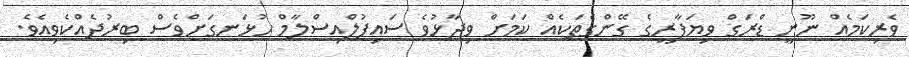
ވެރިކަމެއް ނޫނީ ޑްރަގް ވިޔަފާރީގެ ގޭންގެތަކެއް ކަމަށް ވިދާޅުވެ ސައިފުލްއިސްލާމް ހުޅަނގަށްވެސް ބިރުދެއްކެވިއެވެ.